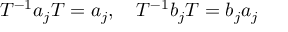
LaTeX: T ^ { - 1 } a _ { j } T = a _ { j } , \quad T ^ { - 1 } b _ { j } T = b _ { j } a _ { j }